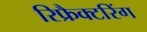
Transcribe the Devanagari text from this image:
रिफ्रैक्टरिंग